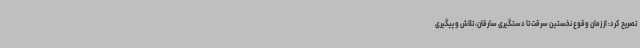
تصریح کرد: از زمان وقوع نخستین سرقت تا دستگیری سارقان، تلاش و پیگیری